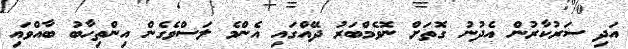
އަދި ސަރުކާރުން އެދުނު ގޮތަށް ނޮވެމްބަރު ދޭއްގައި އެންމެ ލަސްވެގެން އިންތިހާބު ބާއްވައި